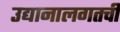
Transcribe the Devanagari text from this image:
उद्यानालगतची